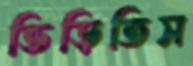
ভিড়িতিস